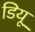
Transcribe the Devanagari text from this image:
डियू